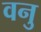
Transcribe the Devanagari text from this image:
वनु